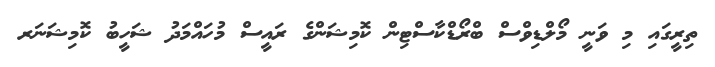
ތިރީގައި މި ވަނީ މޯލްޑިވްސް ބްރޯޑްކާސްޓިން ކޮމިޝަންގެ ރައީސް މުހައްމަދު ޝަހީބު ކޮމިޝަނަރ